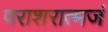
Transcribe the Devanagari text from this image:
पराशरात्मजं